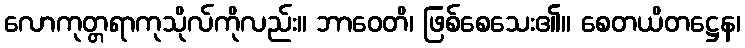
လောကုတ္တရာကုသိုလ်ကိုလည်း။ ဘာဝေတိ၊ ဖြစ်စေသေး၏။ စေတယိတဋ္ဌေန၊